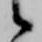
候